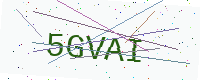
Text: 5GVAI